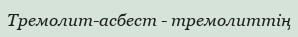
Тремолит-асбест - тремолиттің